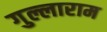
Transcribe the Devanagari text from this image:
गुल्लाराम